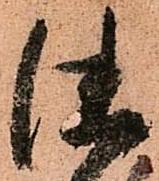
徳